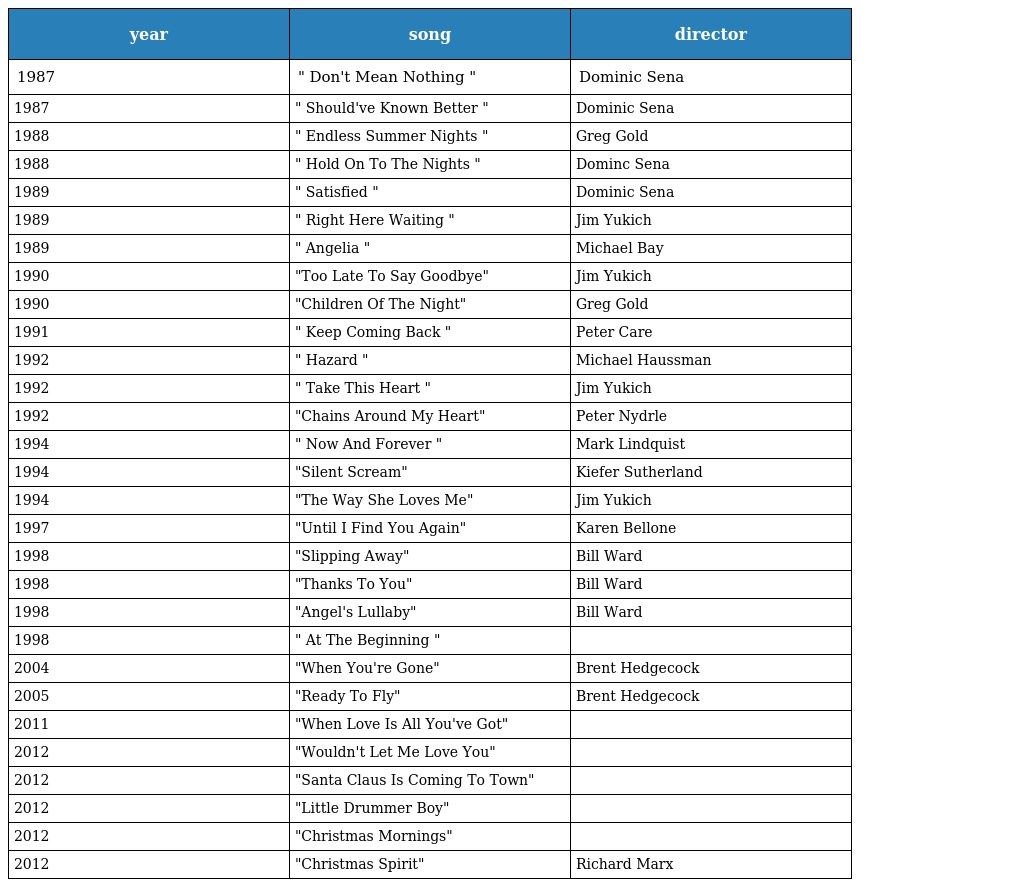
| year | song | director |
 | --- | --- | --- |
 | 1987 | " Don't Mean Nothing " | Dominic Sena |
 | 1987 | " Should've Known Better " | Dominic Sena |
 | 1988 | " Endless Summer Nights " | Greg Gold |
 | 1988 | " Hold On To The Nights " | Dominc Sena |
 | 1989 | " Satisfied " | Dominic Sena |
 | 1989 | " Right Here Waiting " | Jim Yukich |
 | 1989 | " Angelia " | Michael Bay |
 | 1990 | "Too Late To Say Goodbye" | Jim Yukich |
 | 1990 | "Children Of The Night" | Greg Gold |
 | 1991 | " Keep Coming Back " | Peter Care |
 | 1992 | " Hazard " | Michael Haussman |
 | 1992 | " Take This Heart " | Jim Yukich |
 | 1992 | "Chains Around My Heart" | Peter Nydrle |
 | 1994 | " Now And Forever " | Mark Lindquist |
 | 1994 | "Silent Scream" | Kiefer Sutherland |
 | 1994 | "The Way She Loves Me" | Jim Yukich |
 | 1997 | "Until I Find You Again" | Karen Bellone |
 | 1998 | "Slipping Away" | Bill Ward |
 | 1998 | "Thanks To You" | Bill Ward |
 | 1998 | "Angel's Lullaby" | Bill Ward |
 | 1998 | " At The Beginning " |  |
 | 2004 | "When You're Gone" | Brent Hedgecock |
 | 2005 | "Ready To Fly" | Brent Hedgecock |
 | 2011 | "When Love Is All You've Got" |  |
 | 2012 | "Wouldn't Let Me Love You" |  |
 | 2012 | "Santa Claus Is Coming To Town" |  |
 | 2012 | "Little Drummer Boy" |  |
 | 2012 | "Christmas Mornings" |  |
 | 2012 | "Christmas Spirit" | Richard Marx |